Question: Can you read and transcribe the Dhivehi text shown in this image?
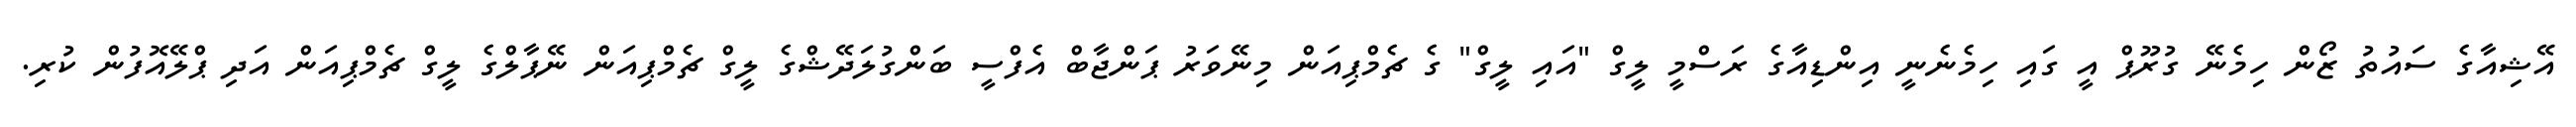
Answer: އޭޝިއާގެ ސައުތު ޒޯން ހިމެނޭ ގުރޫޕް އީ ގައި ހިމެނެނީ އިންޑިއާގެ ރަސްމީ ލީގް "އައި ލީގް" ގެ ޗެމްޕިއަން މިނޭވަރު ޕަންޖާބް އެފްސީ ބަންގުލަދޭޝްގެ ލީގް ޗެމްޕިއަން ނޭޕާލްގެ ލީގް ޗެމްޕިއަން އަދި ޕްލޭއޮފުން ކުރި.